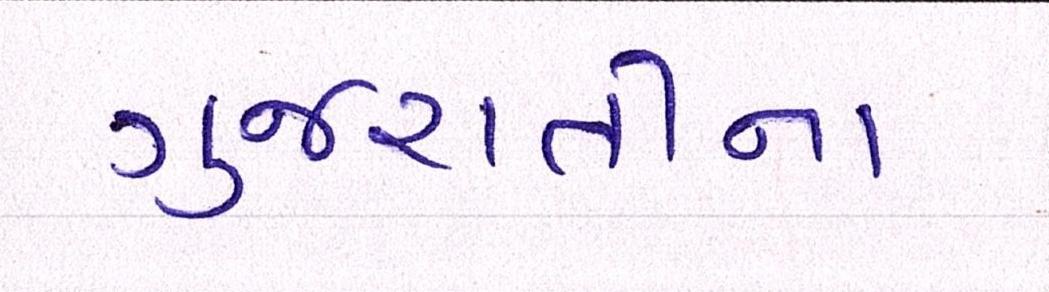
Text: ગુજરાતીના